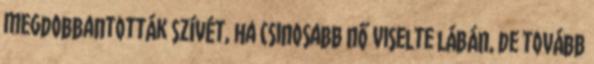
megdobbantották szívét, ha csinosabb nő viselte lábán, de tovább